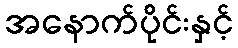
အနောက်ပိုင်းနှင့်